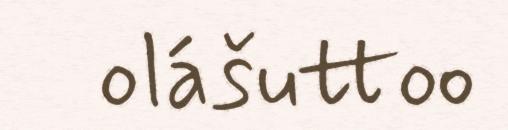
olášuttoo